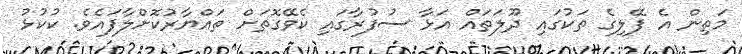
މަތިން އެ ފޭލިގެ ތަކުގައި ދޫލަތައް އަޅާ ސުފުރާގައި ކެވޭގޮތަށް ތައްޔާރުކޮށްލާފައެވެ. ކުކުޅު